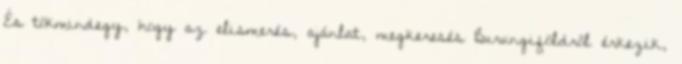
És tökmindegy, hogy az elismerés, ajánlat, megkeresés Burungiföldről érkezik,